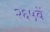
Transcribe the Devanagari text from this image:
२६५वें